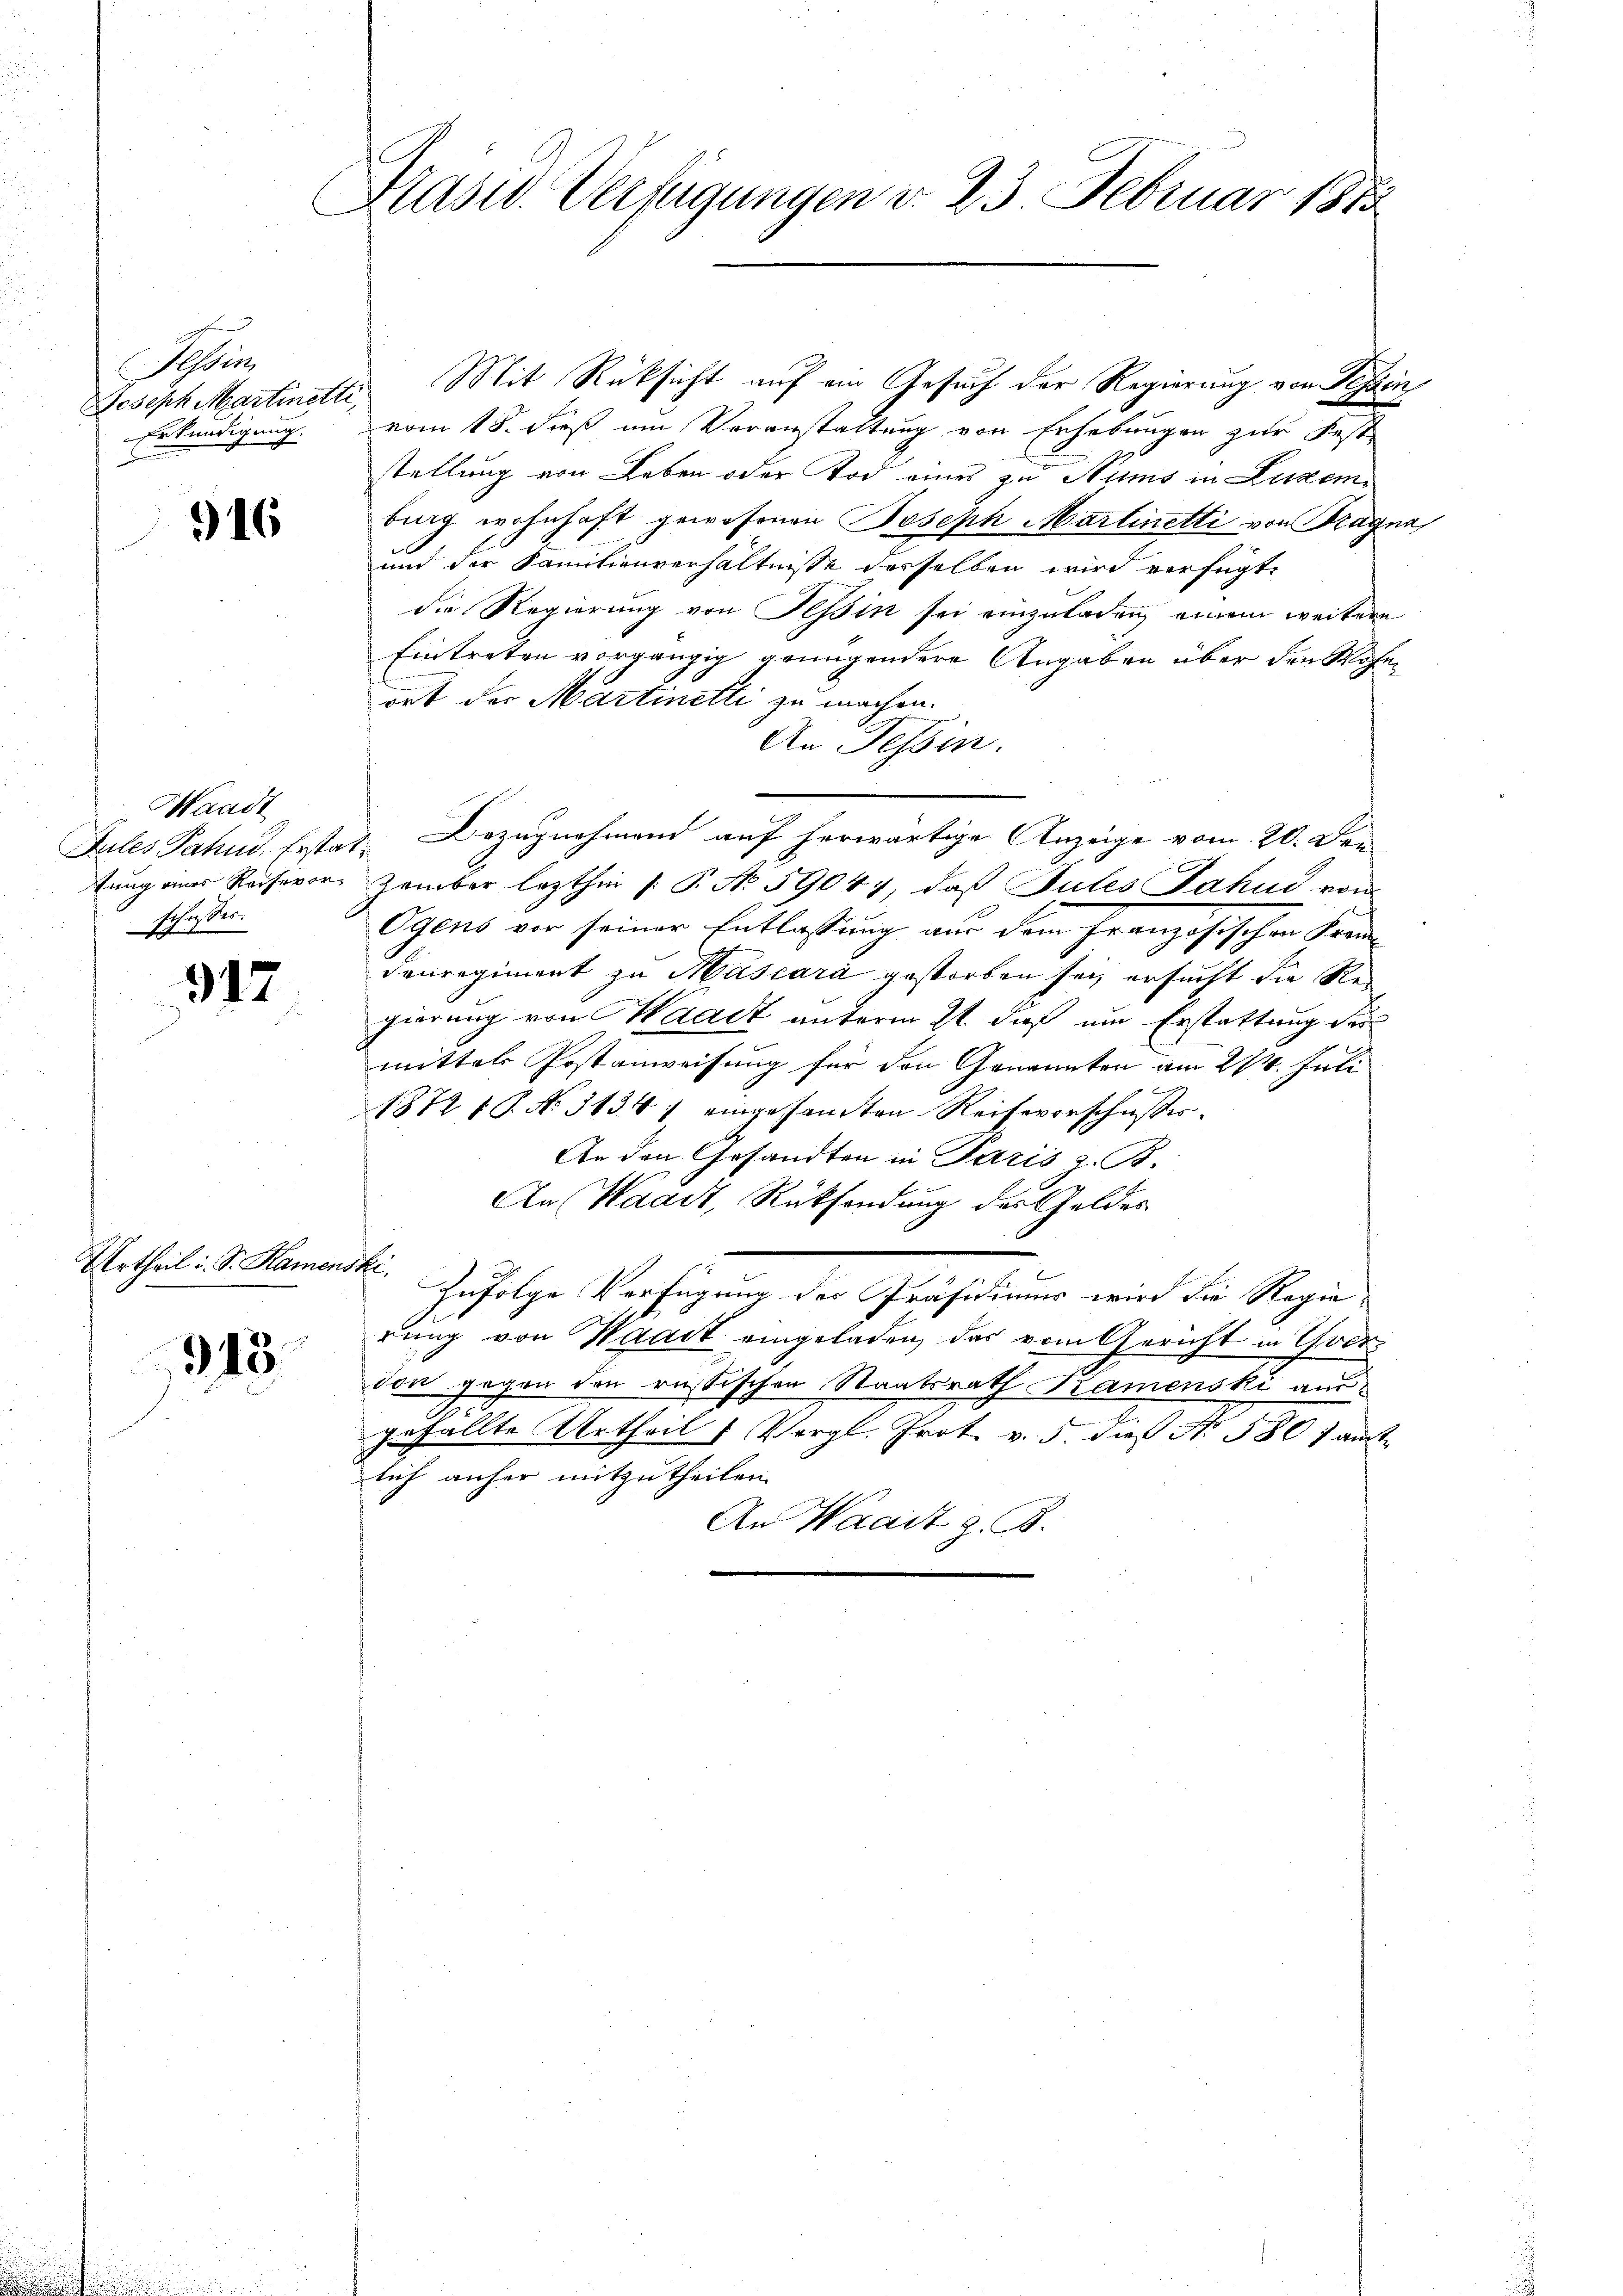
Sabe
Erkundigung.

16

Waadt
fr.
schusses.

917

Urtheil i. S. Kamenskr

913.

Präsid. Verfügungen d. 23. Februar 1815

Joseph Martinett. Mit Rücksicht auf ein Gesuch der Regierung von Tessin
vom 18. dieß um Veranstaltung von Erhebungen zur Fest
stellung von Leben oder Tod eines zu Nums in Luzer
bing wohnhaft gewesenen Joseph Martinetti von Tragna
und der Familienverhältnisse desselben wird verfügte
die Regierung von Tessin sei einzuladen, einem weitere
Eintreten vorgängig genügendere Angaben über den Wohnort der Martinetti zu machen.
An Tessin.
Jules Jahn, Erstat Bezugnahmend auf herwärtige Anzeige vom 20. Den
tung einer Reisevor zember lezthin /: P. No 59047, daß Sules Jahne von
Ogens vor seiner Entlassung aus dem Französischen Frandenregiment zu Mascara gestorben sei, ersucht die Regierung von Waadt unterm 21. daß um Erstattung der
mittel Postanweisung für den Genannten am 274. Juli
1872 P. No. 31347 eingesandten Reiseverschußes.
An den Gesandten in Paris z. B.
An Waadt, Rücksendung des Geldes
Zufolge Verfügung des Präsidiums wird die Regie
rung von Waadt eingeladen, das vom Gericht in Yverdon gegen den russischen Staatsrath Kamenski aus.
gefällte Urtheil & Vergl. Prot. v. 5. die No 580 f ant
lich anher mitzutheilen.
An Waadt z. B.